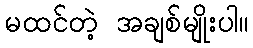
မထင်တဲ့ အချစ်မျိုးပါ။